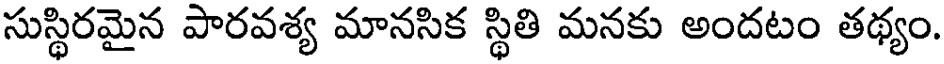
సుస్థిరమైన పారవశ్య మానసిక స్థితి మనకు అందటం తథ్యం.